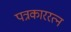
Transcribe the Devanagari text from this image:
पत्रकाररत्न